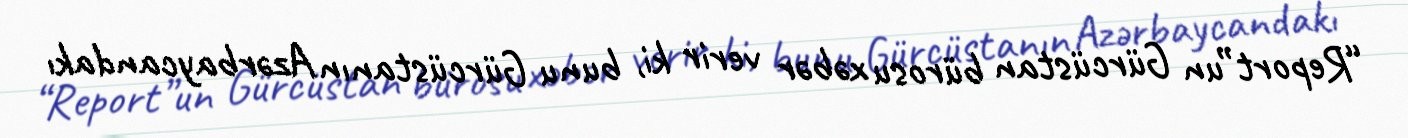
“Report”un Gürcüstan bürosu xəbər verir ki, bunu Gürcüstanın Azərbaycandakı